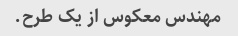
مهندس معکوس از یک طرح.